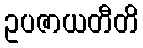
ဥပဇာယတီတိ